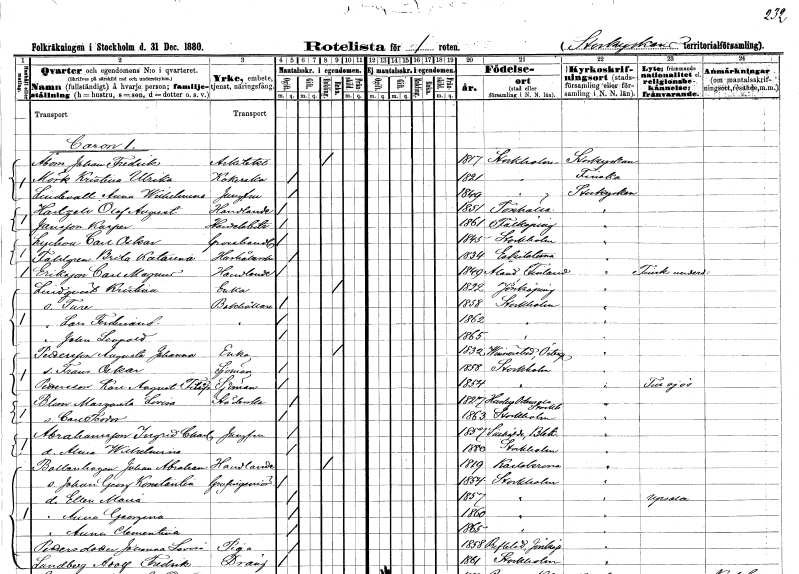
gt_parse: households: individuals: FN: Johan Fredrik
EN: Åbom
YRKE: Arkitekt
KON: M
CIV: E
FODAR: 1817
FODFORS: Stockholm
FN: Kristina Ulrika
EN: Mörk
YRKE: Kokerska
KON: K
CIV: O
FODAR: 1821
FODFORS: Stockholm
FN: Anna Wilhelmina
EN: Lindevall
YRKE: Jungfru
KON: K
CIV: O
FODAR: 1849
FODFORS: Stockholm
FN: Olof August
EN: Hartzell
YRKE: Handlande
KON: M
CIV: O
FODAR: 1851
FODFORS: Torshälla Södermanlands län
FN: Kasper
EN: Jansson
YRKE: Handelsbiträde
KON: M
CIV: O
FODAR: 1861
FODFORS: Falköping Skaraborgs län
FN: Carl Oskar
EN: Lychou
YRKE: Grosshandlare
KON: M
CIV: O
FODAR: 1845
FODFORS: Stockholm
FN: Brita Katarina
EN: Fahlgren
YRKE: Hushållerska
KON: K
CIV: O
FODAR: 1834
FODFORS: Eskilstuna Södermanlands län
FN: Carl Magnus
EN: Eriksson
YRKE: Handlande
KON: M
CIV: O
FODAR: 1849
FN: Kristina
EN: Lindqvist
YRKE: Änka
KON: K
CIV: E
FODAR: 1822
FODFORS: Jönköping Jönköpings län
FN: Ture
YRKE: Bokhållare
KON: M
CIV: O
FODAR: 1858
FODFORS: Stockholm
FN: Lars Ferdinand
YRKE: Bokhållare
KON: M
CIV: O
FODAR: 1862
FODFORS: Stockholm
FN: Johan Leopold
KON: M
CIV: O
FODAR: 1865
FODFORS: Stockholm
FN: Augusta Johanna
EN: Pettersson
YRKE: Änka
KON: K
CIV: E
FODAR: 1832
FODFORS: Vinnerstad Östergötlands län
FN: Frans Oskar
YRKE: Sjöman
KON: M
CIV: O
FODAR: 1858
FODFORS: Stockholm
FN: Karl August Filip
EN: Pettersson
YRKE: Sjöman
KON: M
CIV: O
FODAR: 1854
FODFORS: Stockholm
FN: Margareta Lovisa
EN: Blom
YRKE: Städerska
KON: K
CIV: O
FODAR: 1827
FODFORS: Husby Odensala Stockholms län
FN: Carl Teodor
KON: M
CIV: O
FODAR: 1863
FODFORS: Stockholm
FN: Ingrid Charlotta
EN: Abrahamsson
YRKE: Jungfru
KON: K
CIV: O
FODAR: 1857
FODFORS: Sillhövda Blekinge län
FN: Alma Wilhelmina
KON: K
CIV: O
FODAR: 1880
FODFORS: Stockholm
FN: Johan Abraham
EN: Bollenhagen
YRKE: Handlande
KON: M
CIV: E
FODAR: 1819
FODFORS: Karlskrona Blekinge län
FN: Johan Georg Konstantin
YRKE: Gruvingenjör
KON: M
CIV: O
FODAR: 1854
FODFORS: Stockholm
FN: Ellen Maria
KON: K
CIV: O
FODAR: 1857
FODFORS: Stockholm
FN: Anna Georgina
KON: K
CIV: O
FODAR: 1860
FODFORS: Stockholm